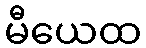
မီယေထ